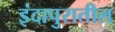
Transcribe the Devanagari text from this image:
इंदापुरातील